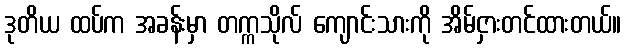
ဒုတိယ ထပ်က အခန်းမှာ တက္ကသိုလ် ကျောင်းသားကို အိမ်ငှားတင်ထားတယ်။